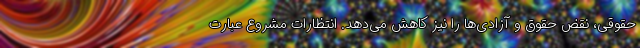
حقوقی، نقض حقوق و آزادی‌ها را نیز کاهش می‌دهد. انتظارات مشروع عبارت